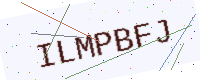
Text: ILMPBFJ